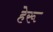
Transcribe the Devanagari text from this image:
हेरू